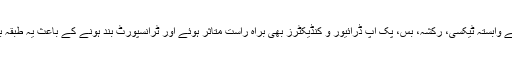
لاکھوں کی تعدادمیں ٹرانسپورٹ سے وابستہ ٹیکسی، رکشہ، بس، پک اپ ڈرائیور و کنڈیکٹرز بھی براہ راست متاثر ہوئے اور ٹرانسپورٹ بند ہونے کے باعث یہ طبقہ بھی یومیہ اجرت سے محروم ہوگیا۔